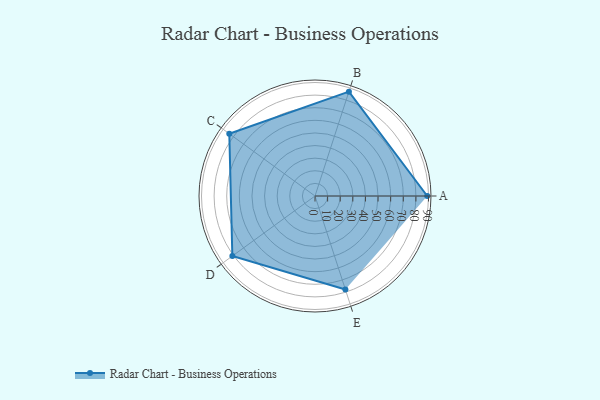
{"axis": {"x": "Skill", "y": "Score"}, "legend": ["Profile"], "data": [{"x": "A", "y": 89.0, "type": "Profile"}, {"x": "B", "y": 87.0, "type": "Profile"}, {"x": "C", "y": 84.0, "type": "Profile"}, {"x": "D", "y": 81.0, "type": "Profile"}, {"x": "E", "y": 78.0, "type": "Profile"}]}